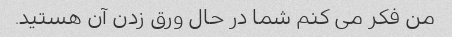
من فکر می کنم شما در حال ورق زدن آن هستید.